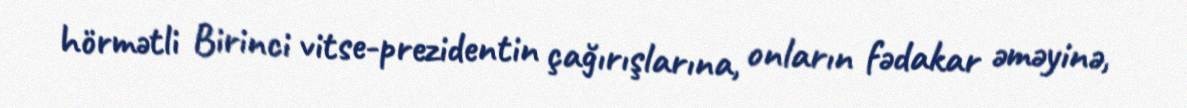
hörmətli Birinci vitse-prezidentin çağırışlarına, onların fədakar əməyinə,